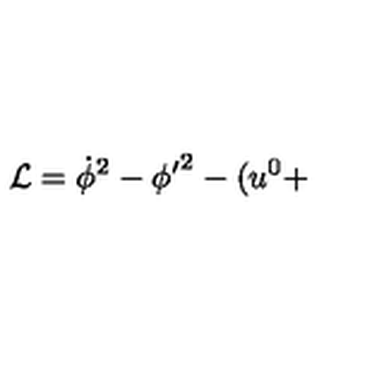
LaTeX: { \cal L } = \dot { \phi } ^ { 2 } - { \phi ^ { \prime } } ^ { 2 } - ( u ^ { 0 } +